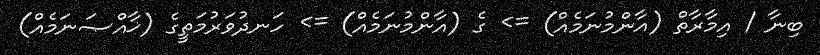
ބިނާ / އިމާރާތް (އާންމުނަމެއް) => ގެ (އާންމުނަމެއް) => ހަނދުވަރުމަތީގެ (ޚާއްޞަނަމެއް)